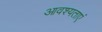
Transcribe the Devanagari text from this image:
आवश्यताएं